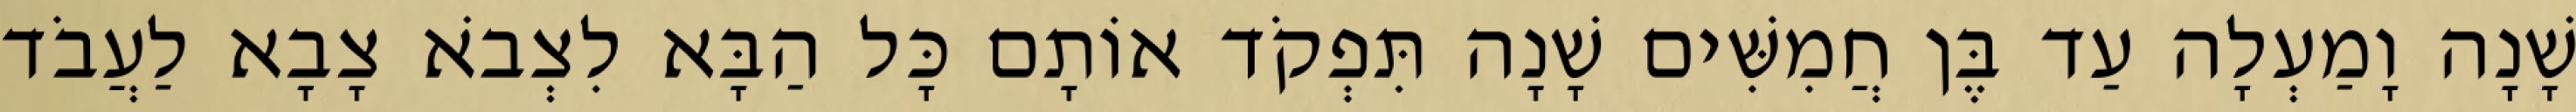
שָׁנָה וָמַעְלָה עַד בֶּן חֲמִשִּׁים שָׁנָה תִּפְקֹד אוֹתָם כָּל הַבָּא לִצְבֹא צָבָא לַעֲבֹד